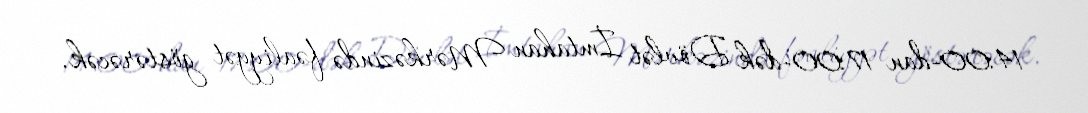
14:00-dan 17:00-dək Dövlət İmtahan Mərkəzində fəaliyyət göstərəcək.